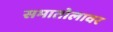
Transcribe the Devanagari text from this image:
समातोलावर